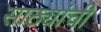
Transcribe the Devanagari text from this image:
साठ्यांची